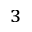
_ { 3 }